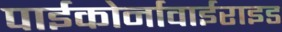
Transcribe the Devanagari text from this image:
पाईकोर्नावाईराइड